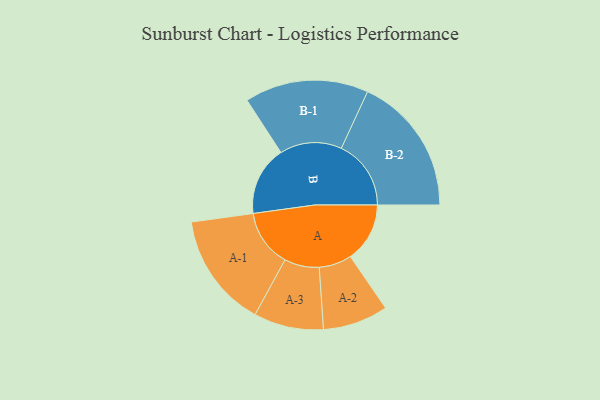
{"axis": {"x": "Segment", "y": "Value"}, "legend": ["", "A", "B"], "data": [{"x": "A", "y": 191, "type": ""}, {"x": "B", "y": 223, "type": ""}, {"x": "A-1", "y": 184, "type": "A"}, {"x": "A-2", "y": 105, "type": "A"}, {"x": "A-3", "y": 112, "type": "A"}, {"x": "B-1", "y": 199, "type": "B"}, {"x": "B-2", "y": 224, "type": "B"}]}